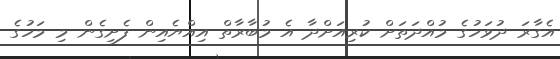
އެގާރަ ދުވަހުގެ މުއްދަތަށް ކުރިއަށްދާ އެ މުބާރާތް އިއްޔެއިން ފެށިގެން މި މަހުގެ